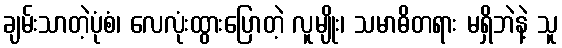
ချမ်းသာတဲ့ပုံစံ၊ လေလုံးထွားပြောတဲ့ လူမျိုး၊ သမာဓိတရား မရှိဘဲနဲ့ သူ